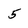
Character: 5